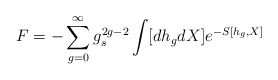
\begin{align*}F=-\sum_{g=0}^\infty g_s^{2g-2} \int [dh_gdX]e^{-S[h_g,X]}\end{align*}